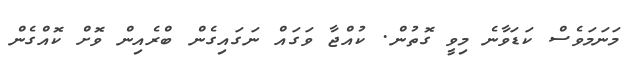
މަނަމަވެސް ކަޑަވާނެ މިވީ ގޮތުން. ކުއްޖާ ވަގައް ނަގައިގެން ބްރެއިން ވޮށް ކޮއްގެން